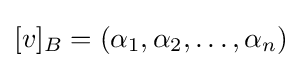
[v]_{B}=(\alpha _{1},\alpha _{2},\ldots ,\alpha _{n})